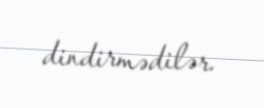
dindirmədilər.